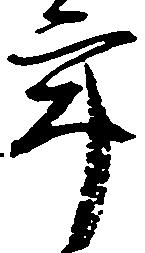
年